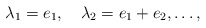
\begin{align*}\lambda_1=e_1, \quad \lambda_2=e_1+e_2,\ldots,\end{align*}